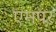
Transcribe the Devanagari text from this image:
एमपर